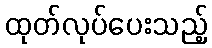
ထုတ်လုပ်ပေးသည့်